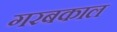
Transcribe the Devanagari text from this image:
गरबकाल